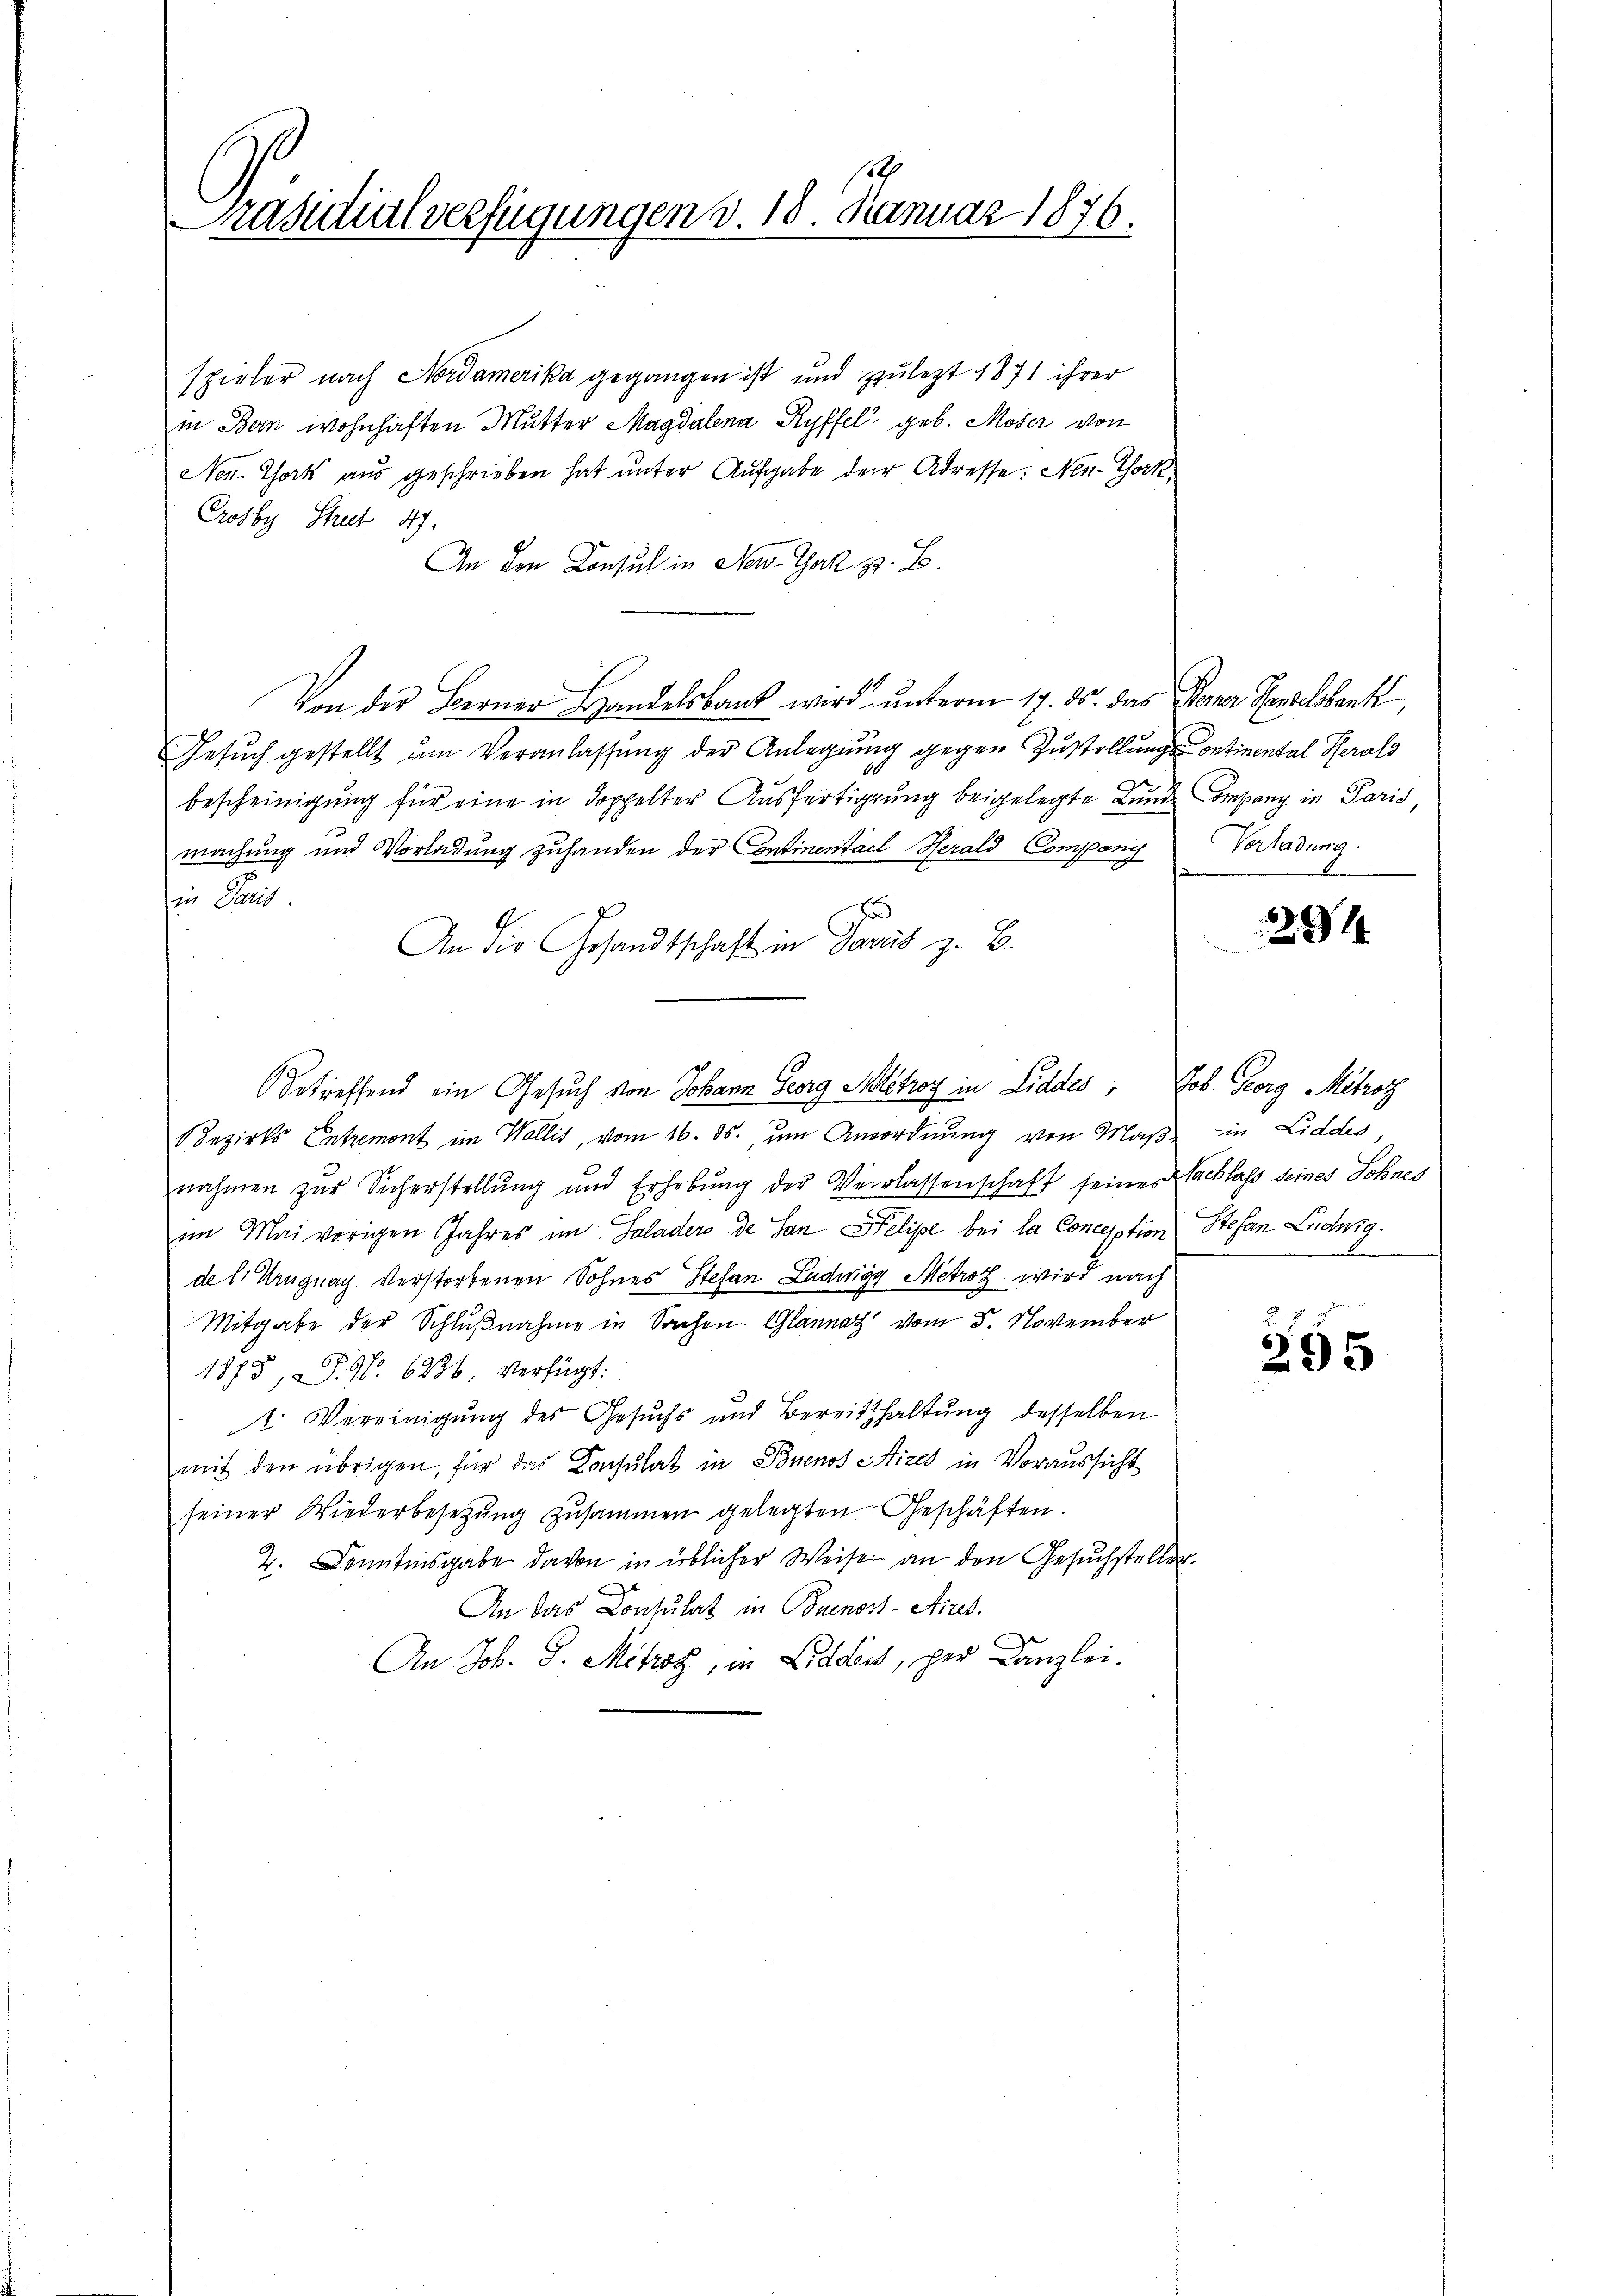
7
Präsidialverfügungen d. 18. Januar 1876.

spieler nach Nordamerika gegangen ist und zulezt 1871 ihrer
in Bern wohnhaften Mutter Magdalena Ryffel geb. Moser von
Ner-Thort aŭs geschrieben hat ŭnter Aufgabe der Adresse: Nen-Tork
Crosby Streit 47.
An den Consul in New-Jak z. B.
Von der Berner Handelsbank wird unterm 17. ds. das Berner Handelsbank,
Gesŭch gestellt ŭm Veranlassŭng der Anlegŭng gegen Zustellŭngs-Continental Herols
bescheinigung für eine in doppelter Ausfertigung beigelegte Bunde Company in Paris,
machung und Vorladung zuhanden der Continentael Herald (Company
in Paris
E
An die Gesandtschaft in Davás z. B.
Betreffend ein Gesuch von Johann Georg Allétroy in Liddes, Tob. Georg Mitroz
Bezirks Entremont im Wallis, vom 16. ds., um Ansordnung von Maßnahmen zur Sicherstellung und Erhebung der Verlassenschaft seine Nachlass seines Sohnes
im Mai vorigen Jahres im Saladero de San Felipe bei la Conception Stefan Luchig.
del. Ungnach verstorbenen Sohnes Stefan Ludwigg Metrof wird nach
Mitgabe der Schlußnahme in Sachen Glannaz vom 5. November
170
1875, S. 91. 6226, verfügt:
1. Vereinigung des Gesuchs und Bereitshaltung desselben
mit den übrigen, für das Consulat in Buenos Aires in Voraussicht
seiner Wiederbesetzŭng zusammen gelegten Geschäften.
4. Kenntnisgabe davon in üblicher Weiser an den Gesuchsteller¬
An das Contulat in Buenos-Aires.
An Joh. S. Mitrag, in Lidden, per Kanzlei.

Verladung.

4

iin Liddles,

295